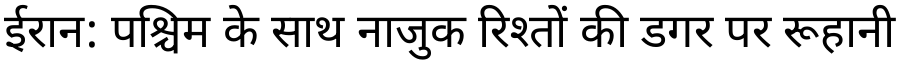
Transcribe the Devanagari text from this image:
ईरान: पश्चिम के साथ नाजुक रिश्तों की डगर पर रूहानी